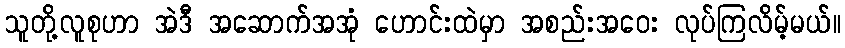
သူတို့လူစုဟာ အဲဒီ အဆောက်အအုံ ဟောင်းထဲမှာ အစည်းအဝေး လုပ်ကြလိမ့်မယ်။